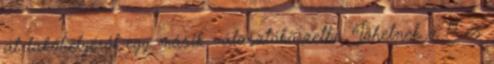
át lakóhelyéről egy másik választókörzetbe. Jöhetnek a 17 és